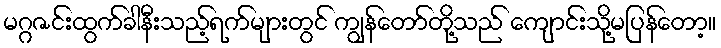
မဂ္ဂဇင်းထွက်ခါနီးသည့်ရက်များတွင် ကျွန်တော်တို့သည် ကျောင်းသို့မပြန်တော့။